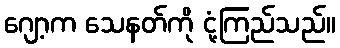
ဂျော့က သေနတ်ကို ငုံ့ကြည်သည်။